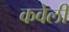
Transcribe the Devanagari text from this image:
कवेली